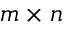
m \times n